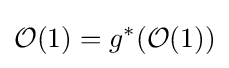
{\mathcal {O}}(1)=g^{*}({\mathcal {O}}(1))